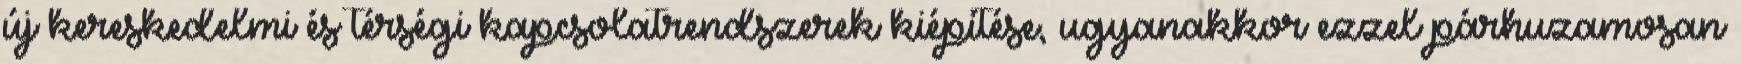
új kereskedelmi és térségi kapcsolatrendszerek kiépítése, ugyanakkor ezzel párhuzamosan